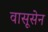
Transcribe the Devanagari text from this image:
वासूसेन